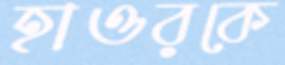
হাওরকে